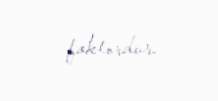
faktordur.